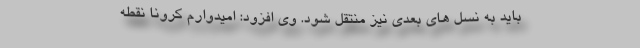
باید به نسل های بعدی نیز منتقل شود. وی افزود: امیدوارم کرونا نقطه